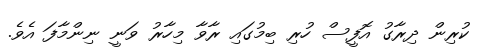
ކުރިން ދިރާގު އޮފީސް ހުރި ބިމުގައި ރާވާ މިހާރު ވަނީ ނިންމާފަ އެވެ.